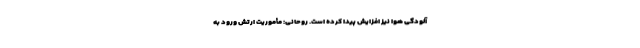
آلودگی هوا نیز افزایش پیدا کرده است. روحانی: مأموریت ارتش ورود به